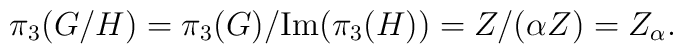
\pi_3 (G/H) = \pi_3(G)/\mbox{Im}(\pi_3(H)) = Z/(\alpha Z) = Z_\alpha.